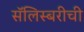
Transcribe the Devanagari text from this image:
सॅलिस्बरीची